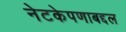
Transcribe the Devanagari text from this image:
नेटकेपणाबद्दल